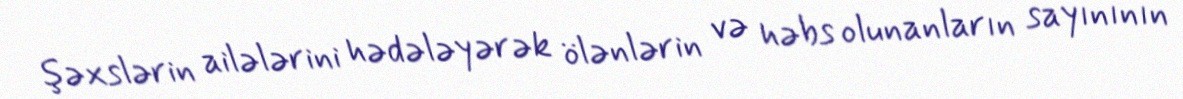
şəxslərin ailələrini hədələyərək ölənlərin və həbs olunanların sayınının